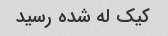
کیک له شده رسید